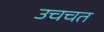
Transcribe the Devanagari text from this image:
उचचत